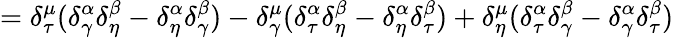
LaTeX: =\delta_{\tau}^{\mu}(\delta_{\gamma}^{\alpha}\delta_{\eta}^{\beta}-\delta_{\eta}^{\alpha}\delta_{\gamma}^{\beta})-\delta_{\gamma}^{\mu}(\delta_{\tau}^{\alpha}\delta_{\eta}^{\beta}-\delta_{\eta}^{\alpha}\delta_{\tau}^{\beta})+\delta_{\eta}^{\mu}(\delta_{\tau}^{\alpha}\delta_{\gamma}^{\beta}-\delta_{\gamma}^{\alpha}\delta_{\tau}^{\beta})